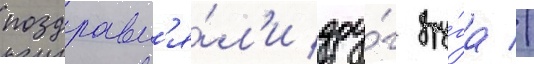
поздравл'я́л'и дру́г дру́га //